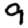
Digit: 9